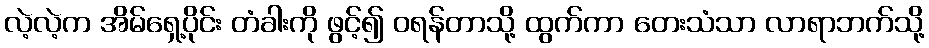
လဲ့လဲ့က အိမ်ရှေ့ပိုင်း တံခါးကို ဖွင့်၍ ဝရန်တာသို့ ထွက်ကာ တေးသံသာ လာရာဘက်သို့